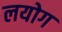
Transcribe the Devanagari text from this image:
लयोग